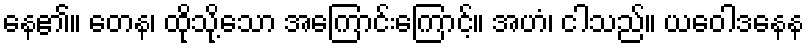
နေ၏။ တေန၊ ထိုသို့သော အကြောင်းကြောင့်။ အဟံ၊ ငါသည်။ ယဝေါဒနေန